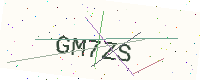
Text: GM7ZS